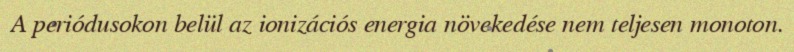
A periódusokon belül az ionizációs energia növekedése nem teljesen monoton.